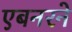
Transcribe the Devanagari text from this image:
एबनरने